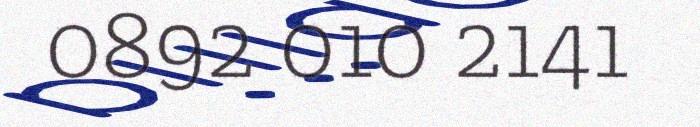
0892 010 2141